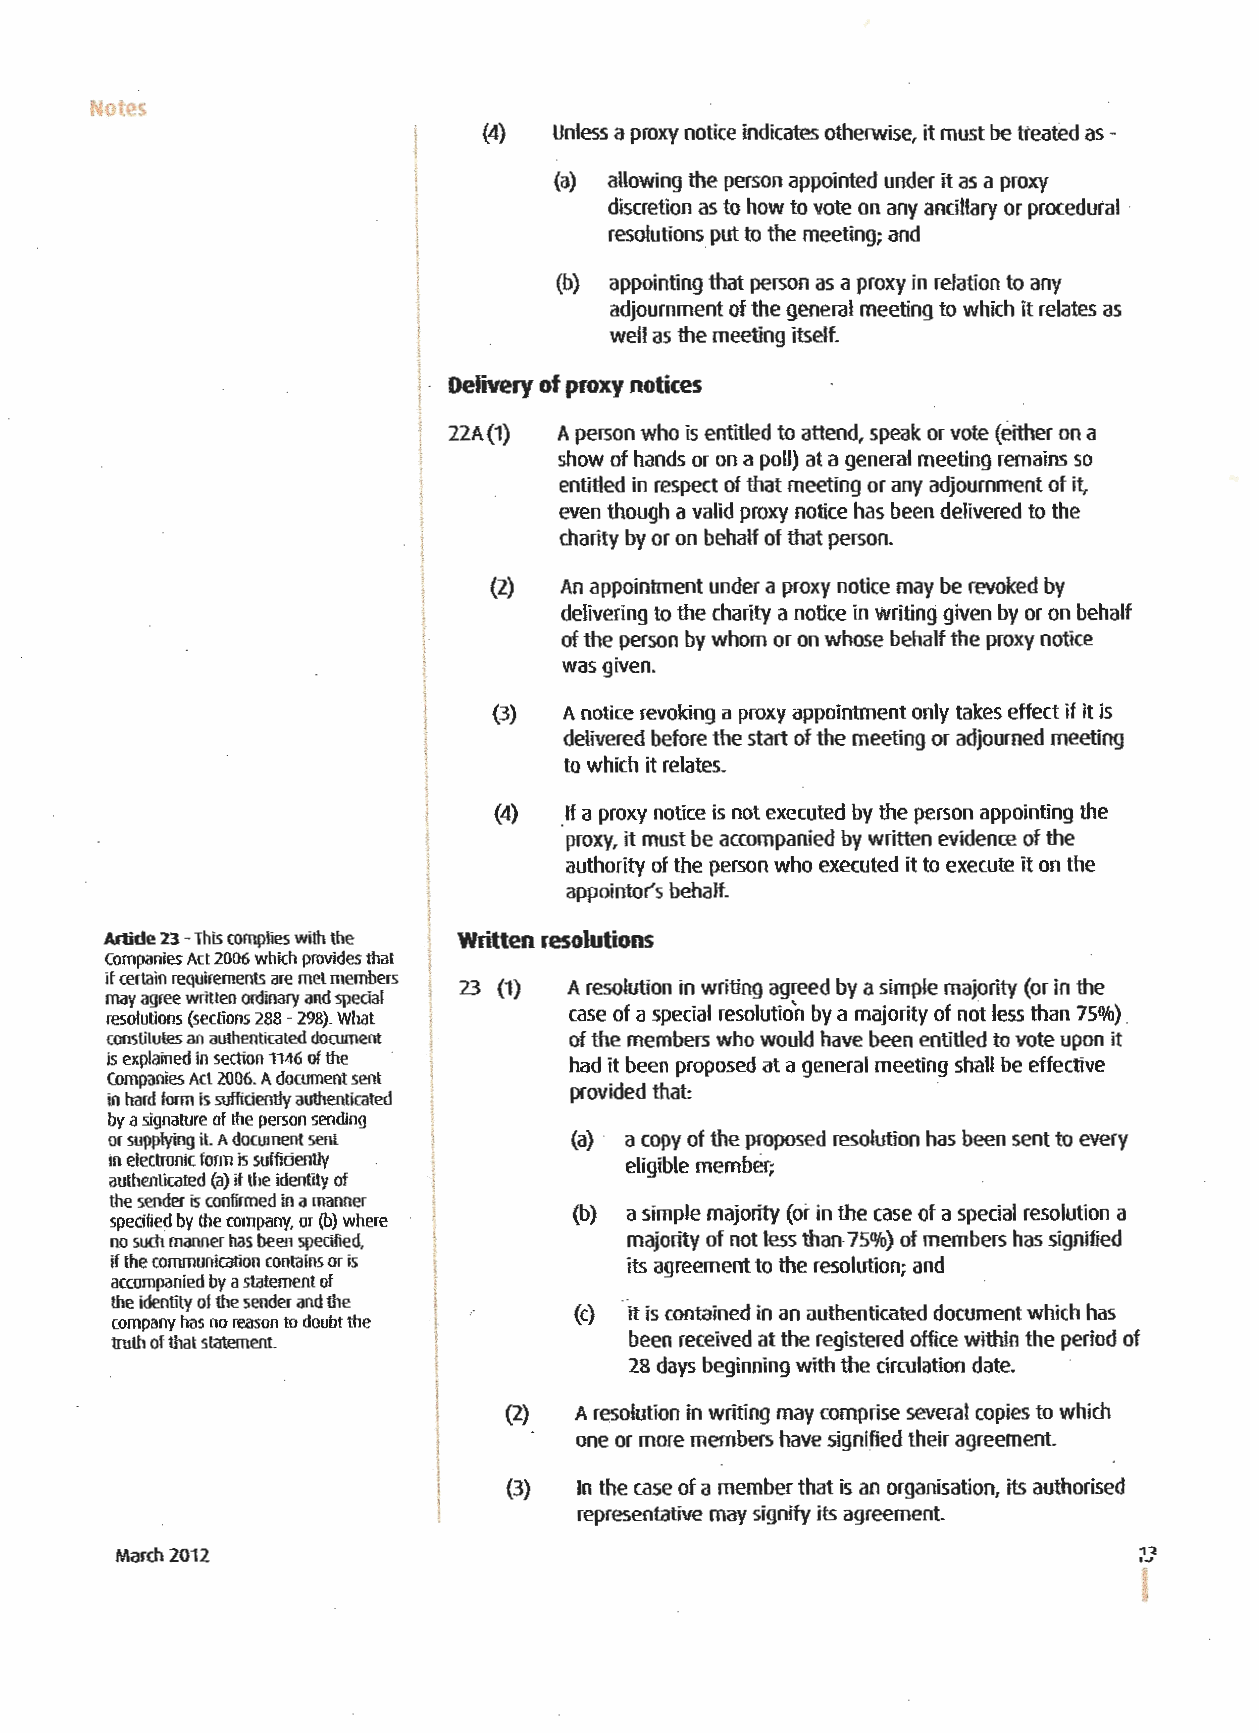
Notes
 (4)  Unless a proxy notice indicates otherwise, it must be treated as -
 I
 I         (a) allowing the person appointed under it as a proxy
 I
 i            discretion as to how to vote on any ancillary or procedural
 l
 resolutions put to the meeting; and
 [
 !
 (b) appointing that person as a proxy in relation to any
 I            adjournment of the general meeting to which it relates as
 well as the meeting itself.
 i
 1· Delivery of proxy notices
 i
 i 21A(1) A person who is entitled to attend, speak or vote (either on a
 show of hands or on a poll) at a general meeting remains so
 entitled in respect of that meeting or any adjournment of it,
 even though a valid proxy notice has been delivered to the
 charity by or on behalf of that person.
 (2)  An appointment under a proxy notice may be revoked by
 delivering to the charity a notice in writing given by or on behalf
 of the person by whom or on whose behalf the proxy notice
 was given.
 (3) A notice revoking a proxy appointment only takes effect if it is
 delivered before the start of the meeting or adjourned meeting
 to which it relates.
 (4) If a proxy notice is not executed by the person appointing the
 ·proxy, it must be accompanied by written evidence of the
 authority of the person who executed it to execute it on the
 appointor's behalf.
 Artide 23 -This complies with the Written resolutions
 Companies Act 2006 which provides that
 if certain requirements are met members
 23 (1) A resolution in writing agreed by a simple majority (or in the
 may agree written ordinary and special
 resolutions (sections 288 -298). What case of a special resolution by a majority of not less than 75%) _
 constitutes an authenticated document of the members who would have been entitled to vote upon it
 is explained in section 1146 of the had it been proposed at a general meeting shall be effective
 Companies Act 2006. A document sent
 provided that:
 in hard form is sufficiently authenticated
 by a signature of the person sending
 or supplying it A document sent (a) · a copy of the proposed resolution has been sent to every
 in electronic form is sufficiently eligible member;
 authenticated (a) if the identity of
 the sender is confirmed in a manner
 (b) a simple majority (or in the case of a special resolution a
 specified by the company, or (b) where
 no such manner has been specified, majority of not less than 75%) of members has signified
 if the communication contains or is its agreement to the resolution; and
 accompanied by a statement of
 the identity of the sender and the
 (c) ·it is contained in an authenticated document which has
 company has no reason to doubt the
 truth of that statement           been received at the registered office within the period of
 28 days beginning with the circulation date.
 (2)  A resolution in writing may comprise several copies to which
 one or more members have signified their agreement.
 {3)  In the case of a member that is an organisation, its authorised
 representative may signify its agreement.
 March 2012                                                          13